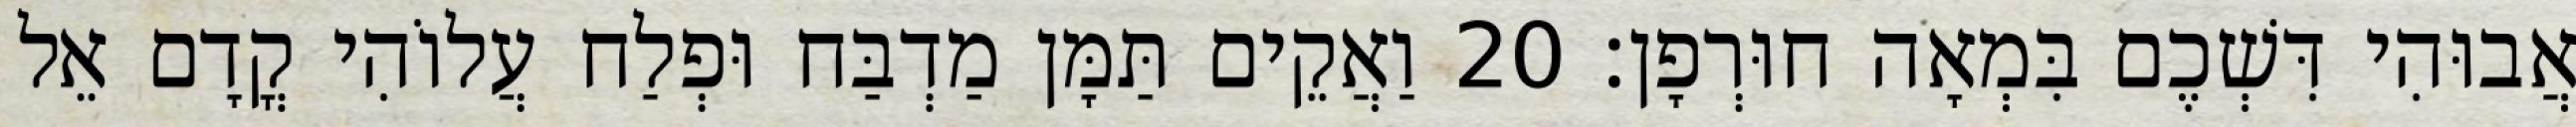
אֲבוּהִי דִּשְׁכֶם בִּמְאָה חוּרְפָן׃ 20 וַאֲקֵים תַּמָּן מַדְבַּח וּפְלַח עֲלוֹהִי קֳדָם אֵל